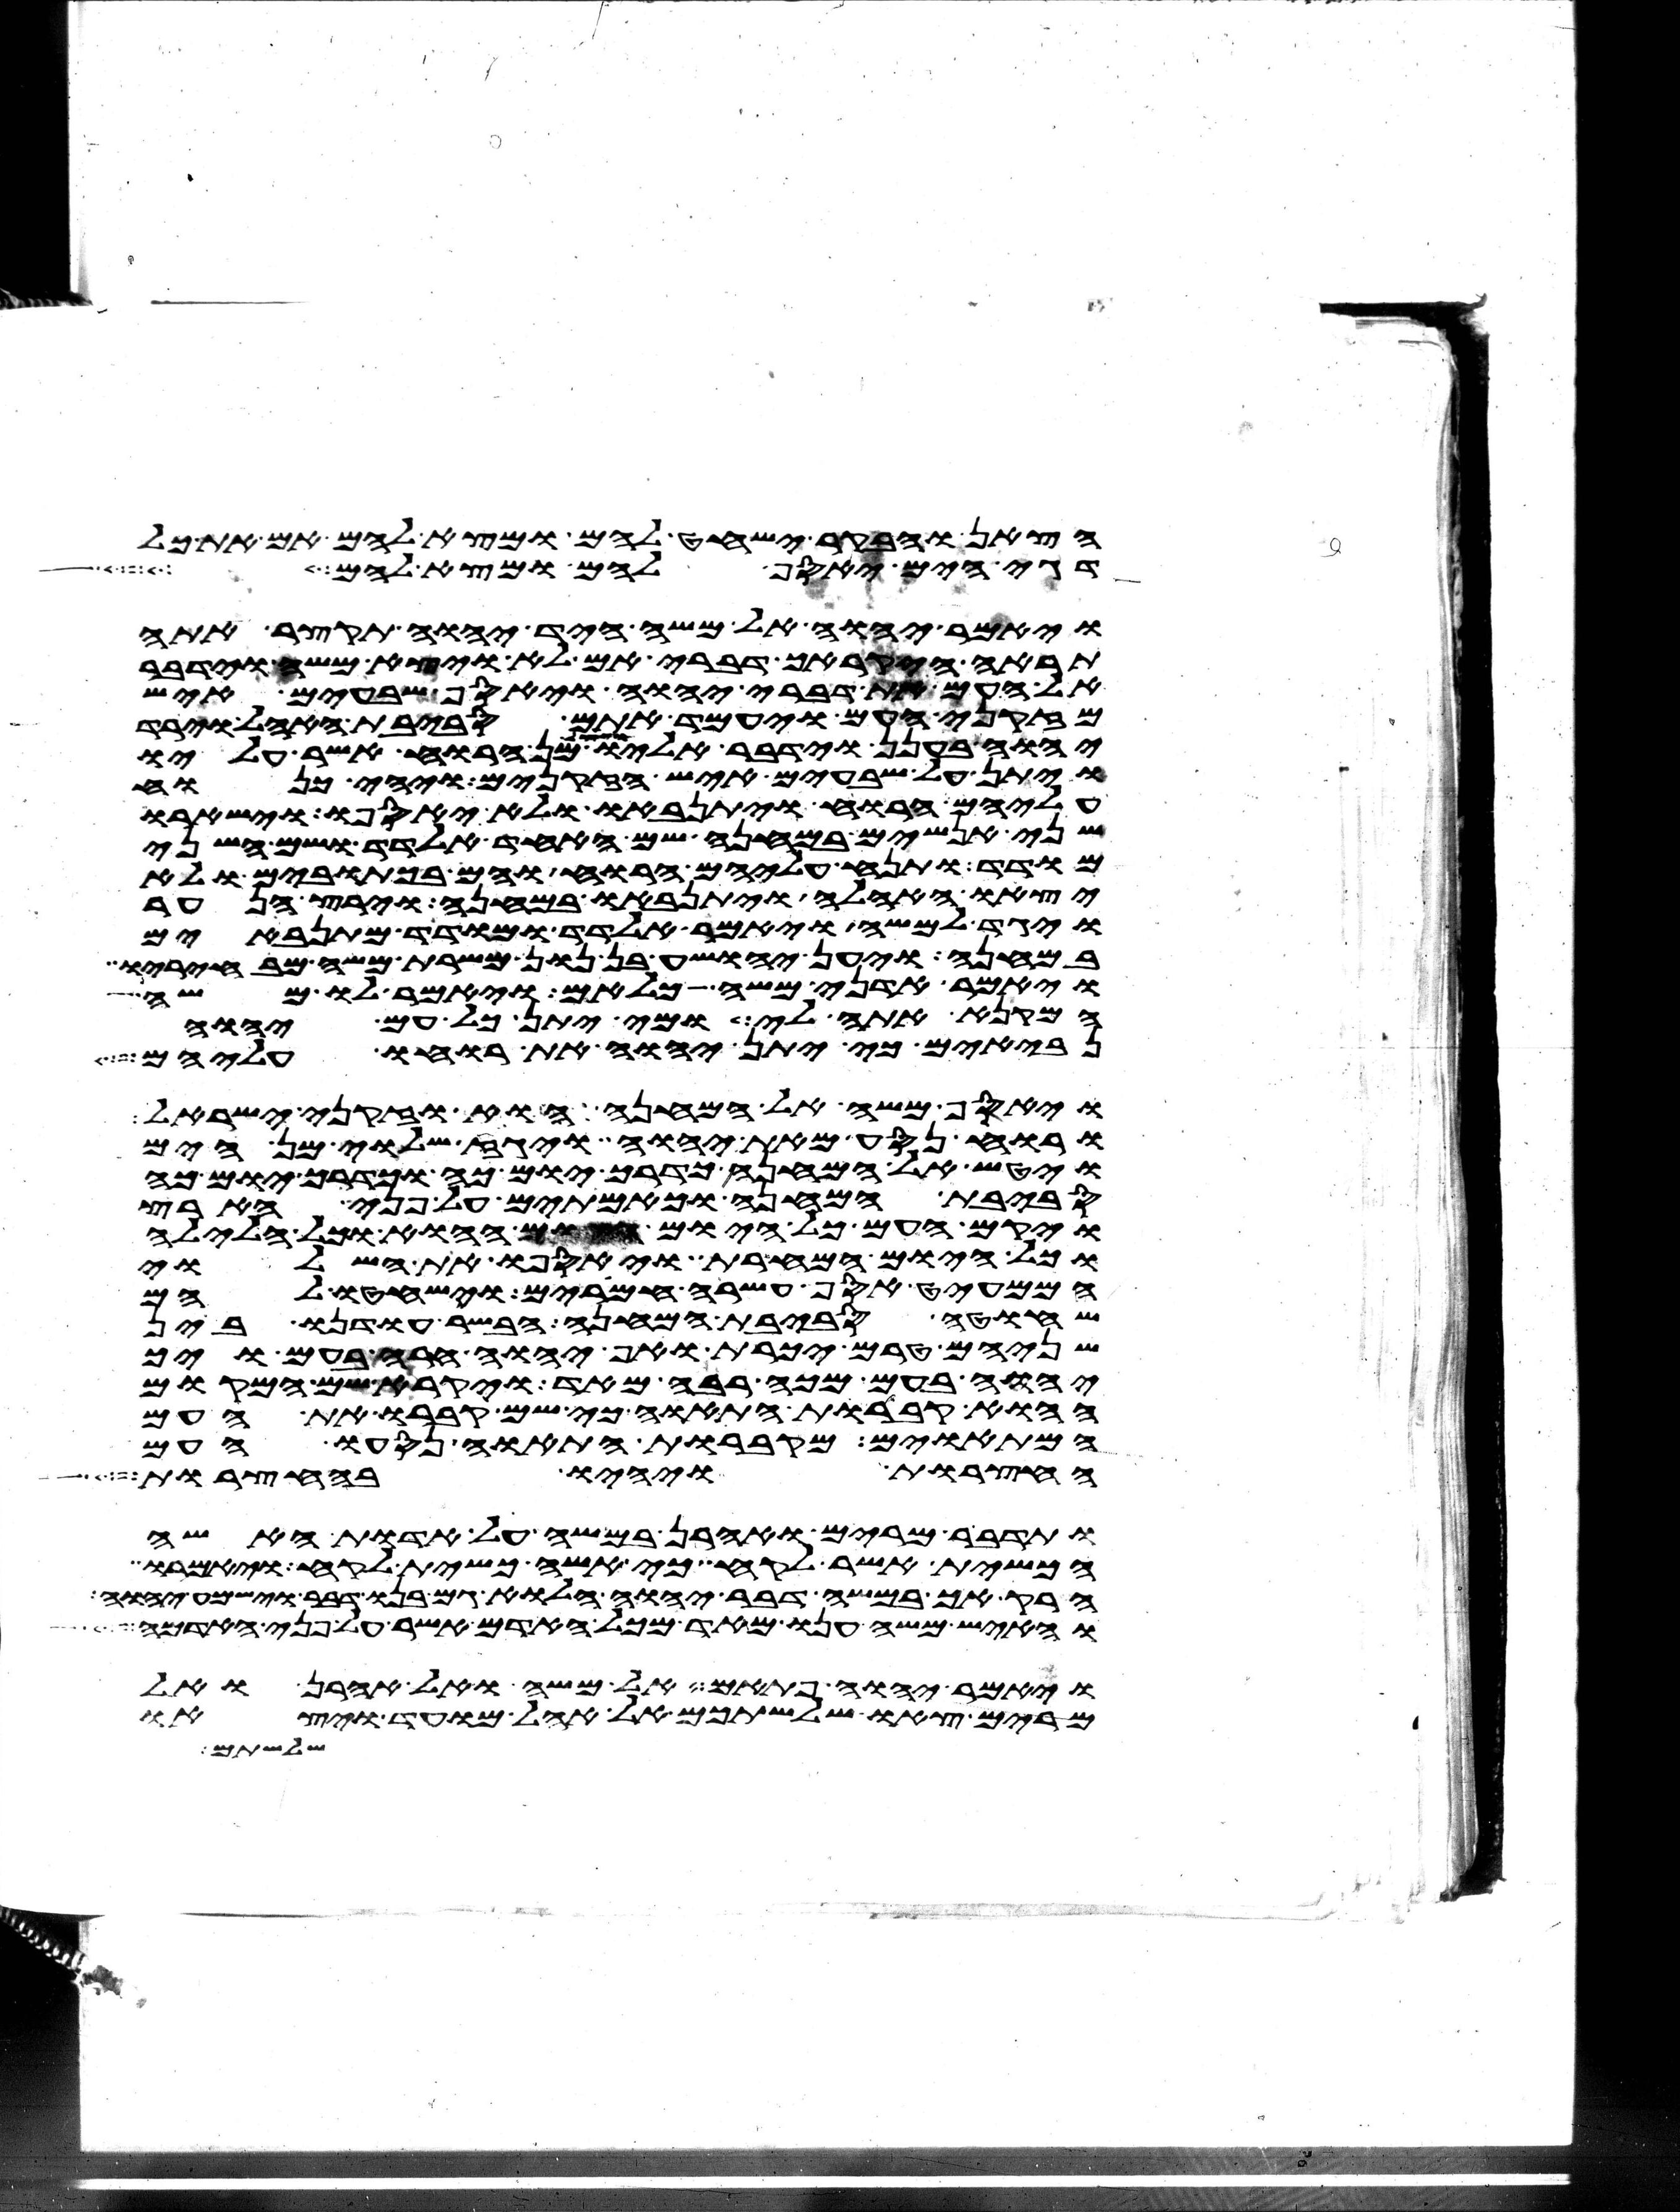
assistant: הצאן והבקר ישחט להם ומצא להם אם את כל
דגי הים יאסף להם ומצא להם
ויאמר יהוה אל משה היד יהוה תקצר אתה
תראה היקרך דברי אם לא ויצא משה וידבר
אל העם את דברי יהוה ויאסף שבעים איש
מזקני העם ויעמד אתם סביבת האהל וירד
יהוה בענן וידבר אליו ויצל מן הרוח אשר עליו
ויתן על שבעים איש הזקנים ויהי כנוח
עליהם הרוח ויתנאבו ולא יאספו וישארו
שני אנשים במחנה שם האחד אלדד ושם השני
מודד ותנח עליהם הרוח והם בכתובים ולא
יצאו האהלה ויתנאבו במחנה וירץ הנער
ויגד למשה ויאמר אלדד ומודד מתנאבים
במחנה ויען יהושע בן נון משרת משה מבחיריו
ויאמר אדני משה כלאם ויאמר לו משה
המקנא אתה לי ומי יתן כל עם יהוה
נביאים כי יתן יהוה את רוחו עליהם
ויאסף משה אל המחנה הוא וזקני ישראל
ורוח נסע מאת יהוה ויגז שלוי מן הים
ויטש אל המחנה כדרך יום כה וכדרך יום כה
סביבת המחנה וכאמתים על פני הארץ
ויקם העם כל היום ההוא וכל הלילה
וכל היום המחרת ויאספו את השלוי
הממעיט אסף עשרה חמרים וישחטו להם
שחוט סביבת המחנה הבשר עודנו בין
שניהם טרם יכרת ואף יהוה חרה בעם ויך
יהוה בעם מכה רבה מאד ויקרא שם המקום
ההוא קברות התאוה כי שם קברו את העם
המתאוים מקברות התאוה נסעו העם
החצרות ויהיו בחצרות
ותדבר מרים ואהרן במשה על אדות האשה
הכשית אשר לקח כי אשה כשית לקח ויאמרו
הרק אך במשה דבר יהוה הלוא גם בנו דבר וישמע יהוה
והאיש משה ענו מאד מכל האדם אשר על פני האדמה
ויאמר יהוה פתאם אל משה ואל אהרן ואל
מרים צאו שלשתכם אל אהל מועד ויצאו
שלשתם